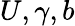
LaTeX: U,\gamma,b